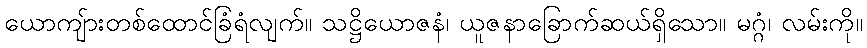
ယောကျ်ားတစ်ထောင်ခြံရံလျက်။ သဋ္ဌိယောဇနံ၊ ယူဇနာခြောက်ဆယ်ရှိသော။ မဂ္ဂံ၊ လမ်းကို။